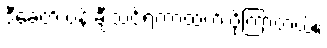
ဒီခေတ် ပန်းချီသင်ရတာထက် ပိုကြာတယ်။